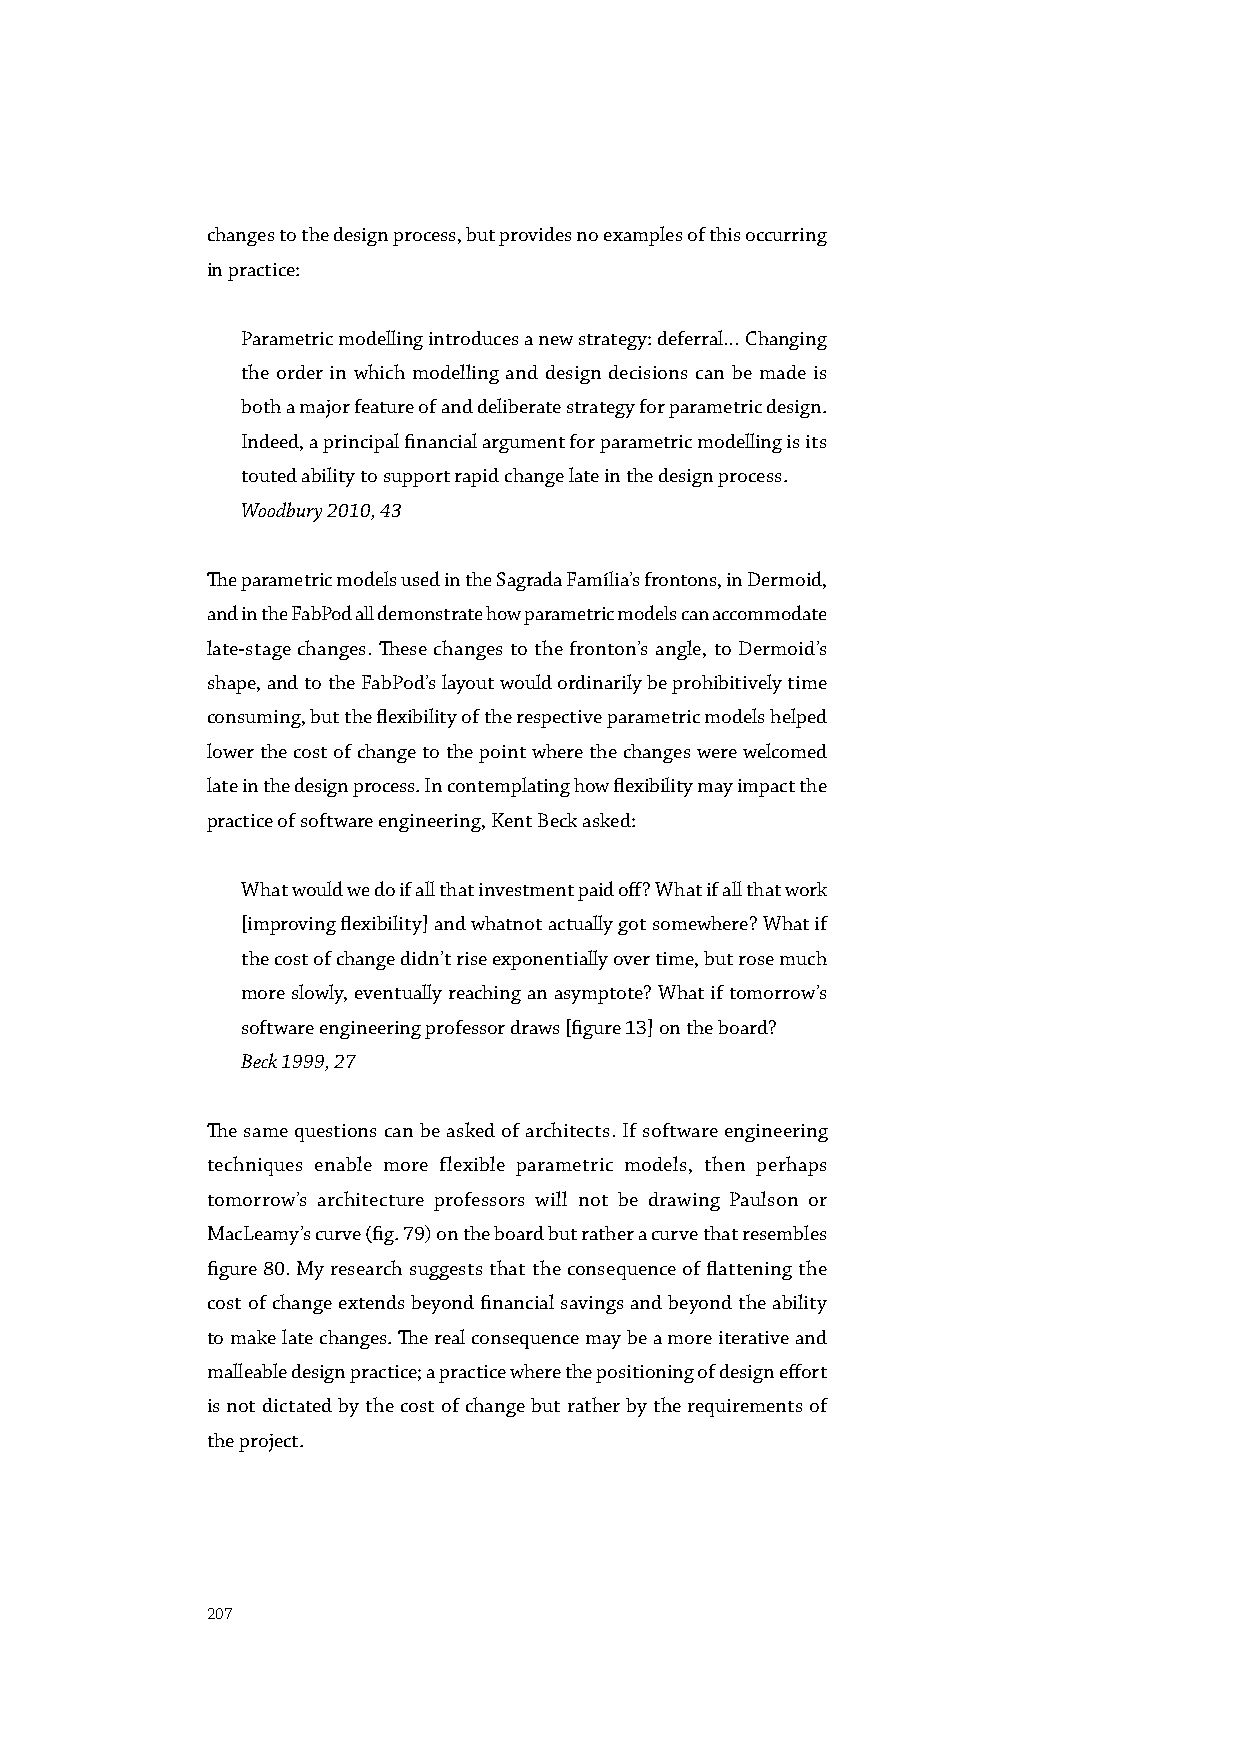
changes to the design process, but provides no examples of this occurring
 in practice:
 Parametric modelling introduces a new strategy: deferral… Changing
 the order in which modelling and design decisions can be made is
 both a major feature of and deliberate strategy for parametric design.
 Indeed, a principal financial argument for parametric modelling is its
 touted ability to support rapid change late in the design process.
 Woodbury 2010, 43
 The parametric models used in the Sagrada Família’s frontons, in Dermoid,
 and in the FabPod all demonstrate how parametric models can accommodate
 late-stage changes. These changes to the fronton’s angle, to Dermoid’s
 shape, and to the FabPod’s layout would ordinarily be prohibitively time
 consuming, but the flexibility of the respective parametric models helped
 lower the cost of change to the point where the changes were welcomed
 late in the design process. In contemplating how flexibility may impact the
 practice of software engineering, Kent Beck asked:
 What would we do if all that investment paid off? What if all that work
 [improving flexibility] and whatnot actually got somewhere? What if
 the cost of change didn’t rise exponentially over time, but rose much
 more slowly, eventually reaching an asymptote? What if tomorrow’s
 software engineering professor draws [figure 13] on the board?
 Beck 1999, 27
 The same questions can be asked of architects. If software engineering
 techniques enable more flexible parametric models, then perhaps
 tomorrow’s architecture professors will not be drawing Paulson or
 MacLeamy’s curve (fig. 79) on the board but rather a curve that resembles
 figure 80. My research suggests that the consequence of flattening the
 cost of change extends beyond financial savings and beyond the ability
 to make late changes. The real consequence may be a more iterative and
 malleable design practice; a practice where the positioning of design effort
 is not dictated by the cost of change but rather by the requirements of
 the project.
 207